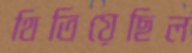
থিতিয়েছিল